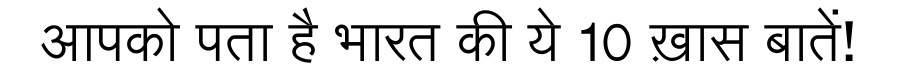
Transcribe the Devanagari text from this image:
आपको पता है भारत की ये 10 ख़ास बातें!